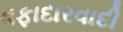
વફાદારવાદી